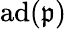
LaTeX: \operatorname{ad}({\mathfrak{p}})